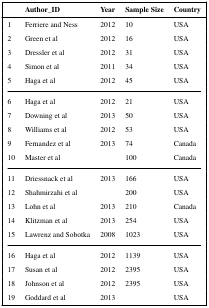
<table><thead><tr><td></td><td><b>Author_ID</b></td><td><b>Year</b></td><td><b>Sample Size</b></td><td><b>Country</b></td></tr></thead><tbody><tr><td>1</td><td>Ferriere and Ness</td><td>2012</td><td>10</td><td>USA</td></tr><tr><td>2</td><td>Green et al</td><td>2012</td><td>16</td><td>USA</td></tr><tr><td>3</td><td>Dressler et al</td><td>2012</td><td>31</td><td>USA</td></tr><tr><td>4</td><td>Simon et al</td><td>2011</td><td>34</td><td>USA</td></tr><tr><td>5</td><td>Haga et al</td><td>2012</td><td>45</td><td>USA</td></tr><tr><td>6</td><td>Haga et al</td><td>2012</td><td>21</td><td>USA</td></tr><tr><td>7</td><td>Downing et al</td><td>2013</td><td>50</td><td>USA</td></tr><tr><td>8</td><td>Williams et al</td><td>2012</td><td>53</td><td>USA</td></tr><tr><td>9</td><td>Fernandez et al</td><td>2013</td><td>74</td><td>Canada</td></tr><tr><td>10</td><td>Master et al</td><td></td><td>100</td><td>Canada</td></tr><tr><td>11</td><td>Driessnack et al</td><td>2013</td><td>166</td><td>USA</td></tr><tr><td>12</td><td>Shahmirzahi et al</td><td></td><td>200</td><td>USA</td></tr><tr><td>13</td><td>Lohn et al</td><td>2013</td><td>210</td><td>Canada</td></tr><tr><td>14</td><td>Klitzman et al</td><td>2013</td><td>254</td><td>USA</td></tr><tr><td>15</td><td>Lawrenz and Sobotka</td><td>2008</td><td>1023</td><td>USA</td></tr><tr><td>16</td><td>Haga et al</td><td>2012</td><td>1139</td><td>USA</td></tr><tr><td>17</td><td>Susan et al</td><td>2012</td><td>2395</td><td>USA</td></tr><tr><td>18</td><td>Johnson et al</td><td>2012</td><td>2395</td><td>USA</td></tr><tr><td>19</td><td>Goddard et al</td><td>2013</td><td></td><td>USA</td></tr></tbody></table>